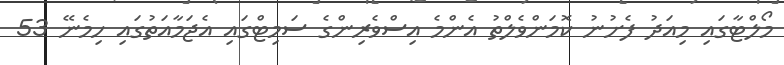
މޯލްޓާގައި މިއަދު ފެށުނު ކޮމަންވެލްތު އެންމެ އިސްވެރިންގެ ސަމިޓްގައި އެޖަމާއަތުގައި ހިމެނޭ 53